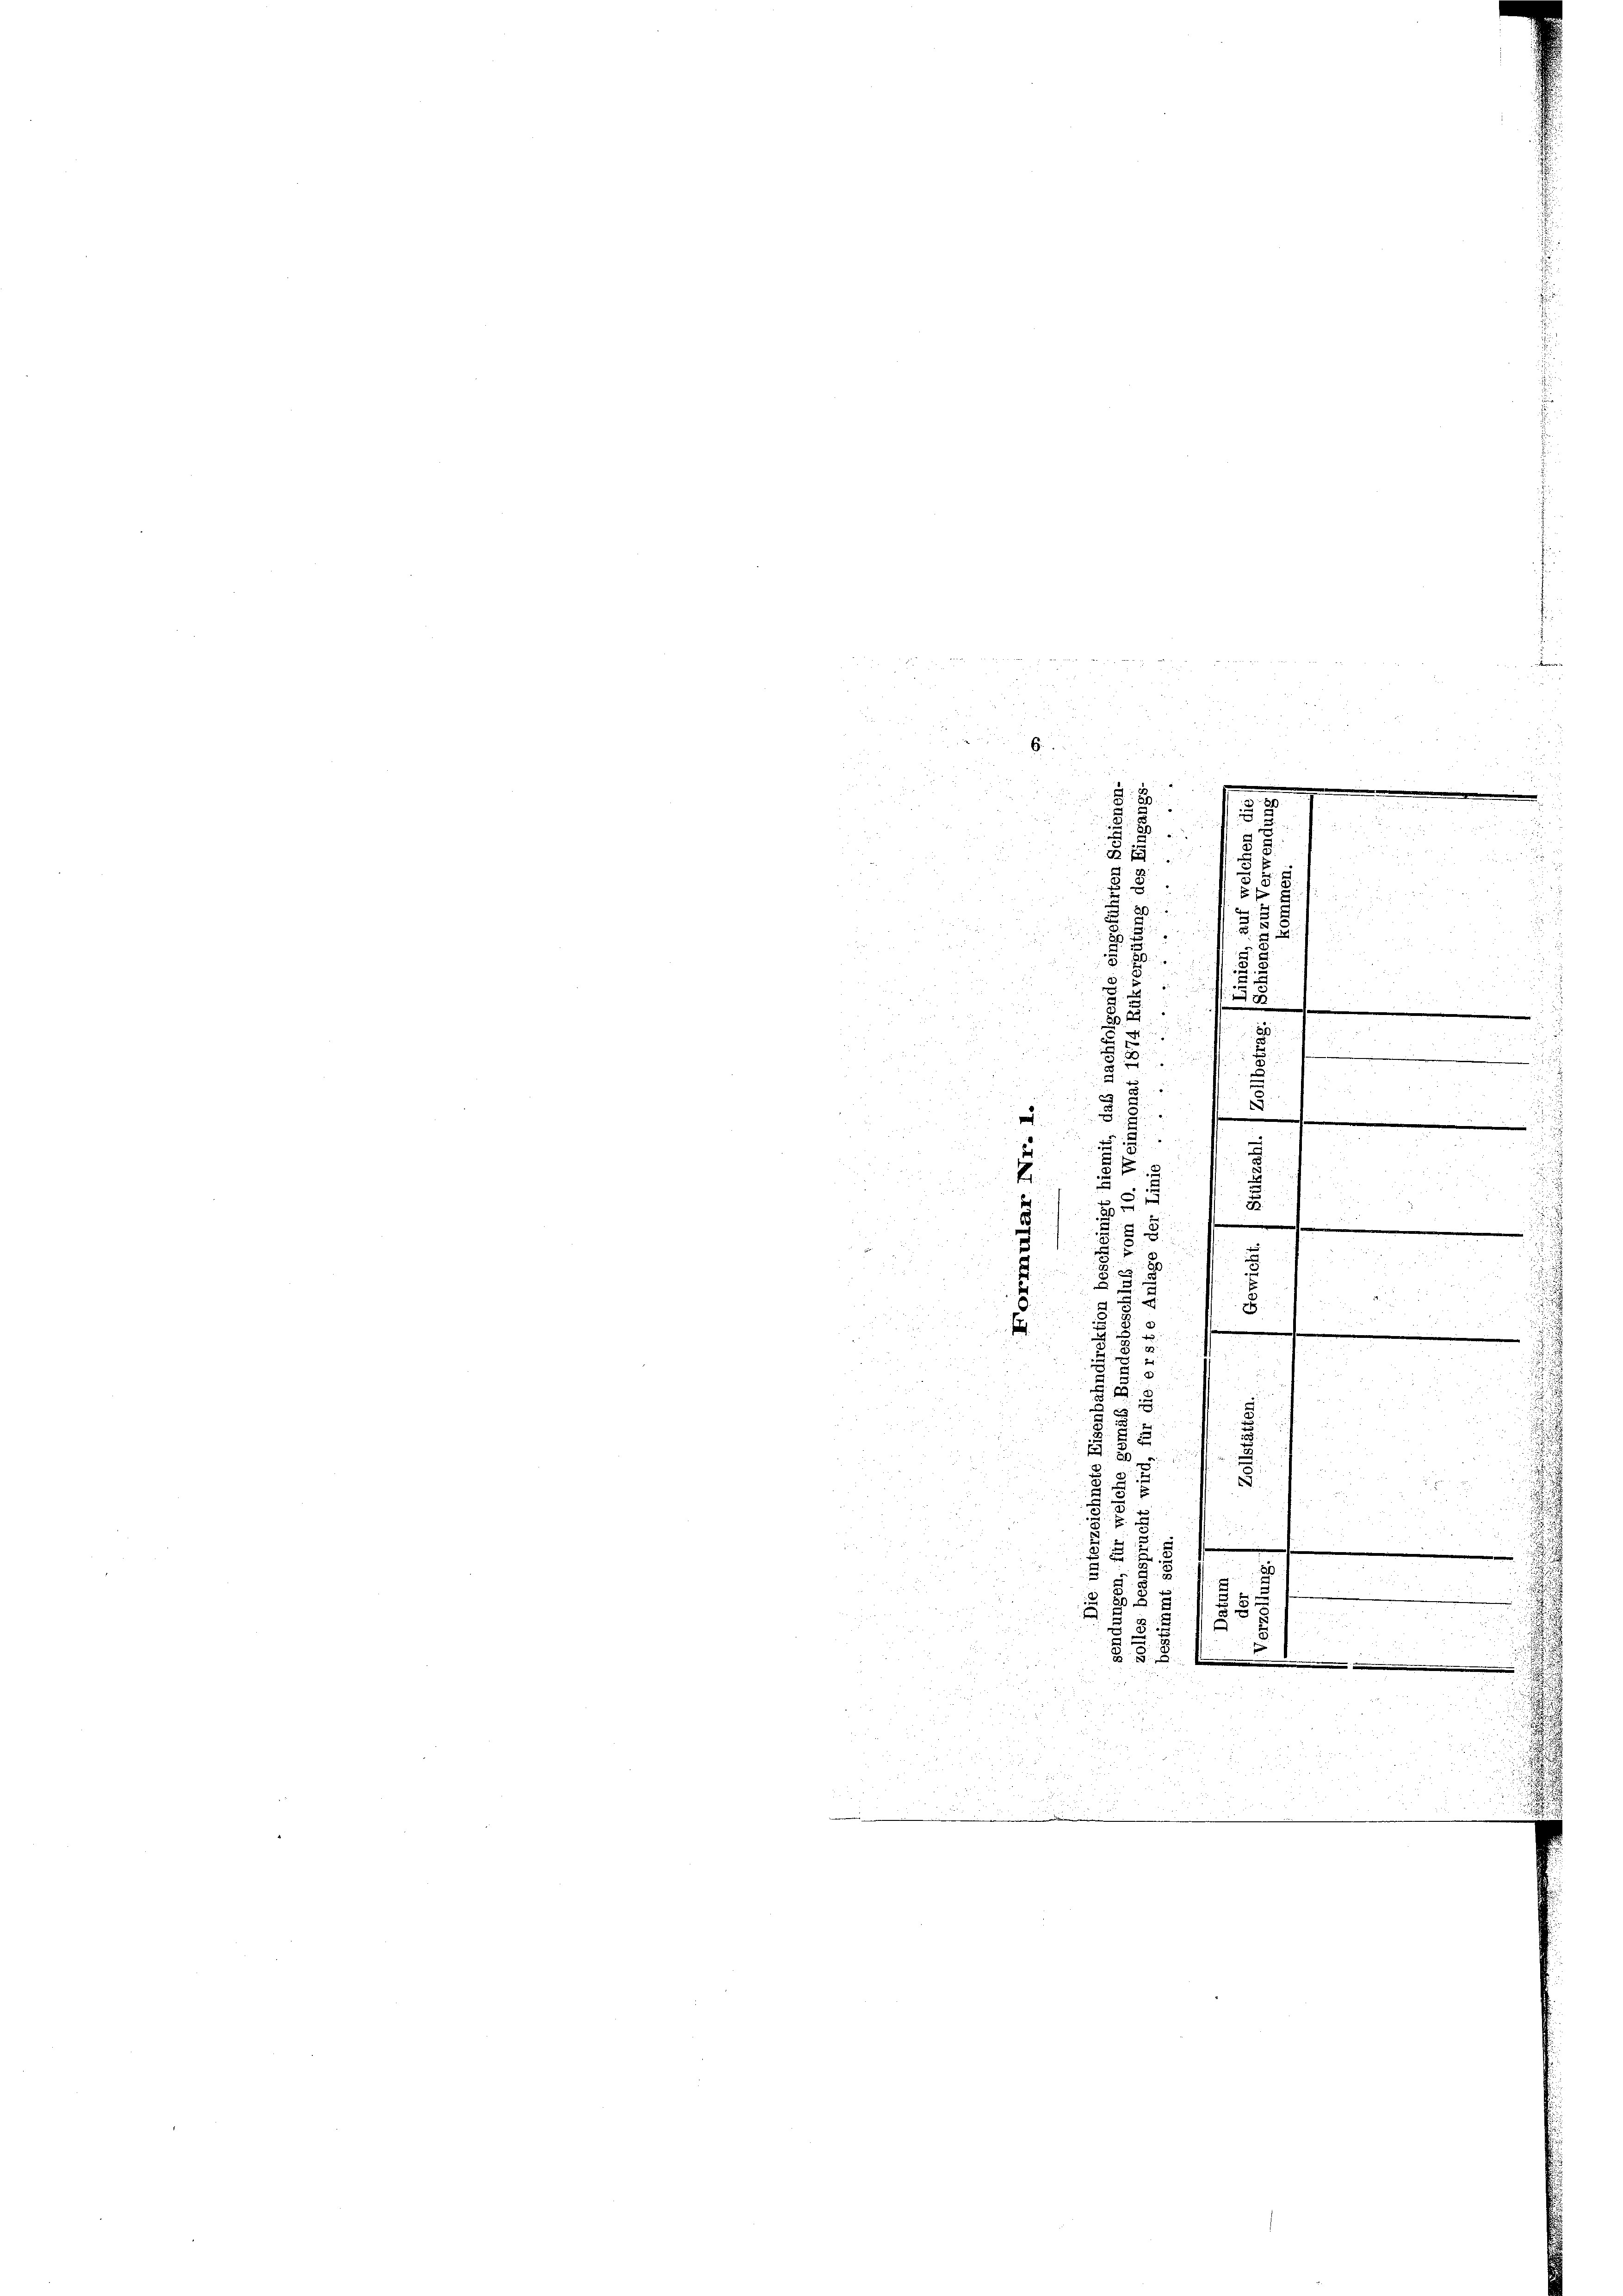
6.

5
.
.
2
.
.
 xx

 2
55
B
 und
2
a

.

8
a
.
¬
a

u
e

a
2
n
.
§. 8.
.
2

i
a
.
.
3

x
5

4

3

8
.
.
.
s

.
 852
 8
20

de 5

20

x
2
2
u
2

2
 x

x
8 x
55
x
1
1
u

r
8

un
.
d
o

 2 x 2

f 5 x
 x
 20
1

.